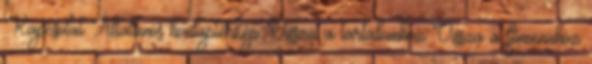
Kapcsolat Általános honlaptérkép Vissza a tartalomhoz Vissza a főmenühöz